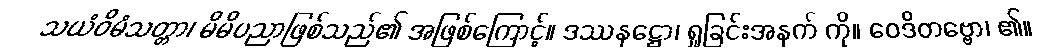
သယံဝိမံသတ္တာ၊ မိမိပညာဖြစ်သည်၏ အဖြစ်ကြောင့်။ ဒဿနဋ္ဌော၊ ရှုခြင်းအနက် ကို။ ဝေဒိတဗ္ဗော၊ ၏။